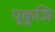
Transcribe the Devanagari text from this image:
पूकुञि